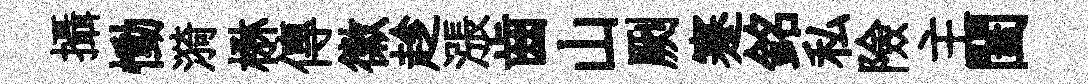
攝慟漪楙傳徽趁漲齒山劂蹇銘私險主闔